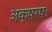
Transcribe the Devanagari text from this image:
अक्षरषः